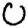
Digit: 0